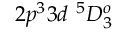
{ 2 p ^ { 3 } 3 d ~ ^ { 5 } D _ { 3 } ^ { o } }